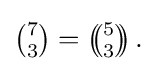
{\textstyle {7 \choose 3}=\left(\!\!{5 \choose 3}\!\!\right).}